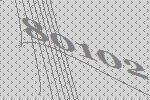
80102